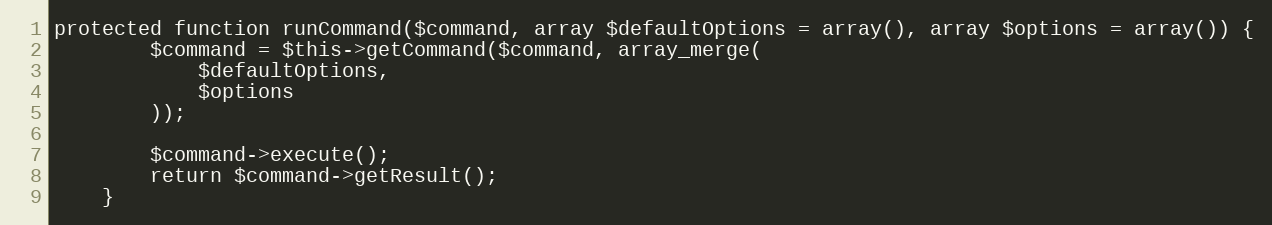
Language: PHP
protected function runCommand($command, array $defaultOptions = array(), array $options = array()) {
        $command = $this->getCommand($command, array_merge(
            $defaultOptions,
            $options
        ));

        $command->execute();
        return $command->getResult();
    }